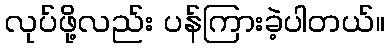
လုပ်ဖို့လည်း ပန်ကြားခဲ့ပါတယ်။